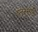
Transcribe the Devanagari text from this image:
शंतनूसाठी